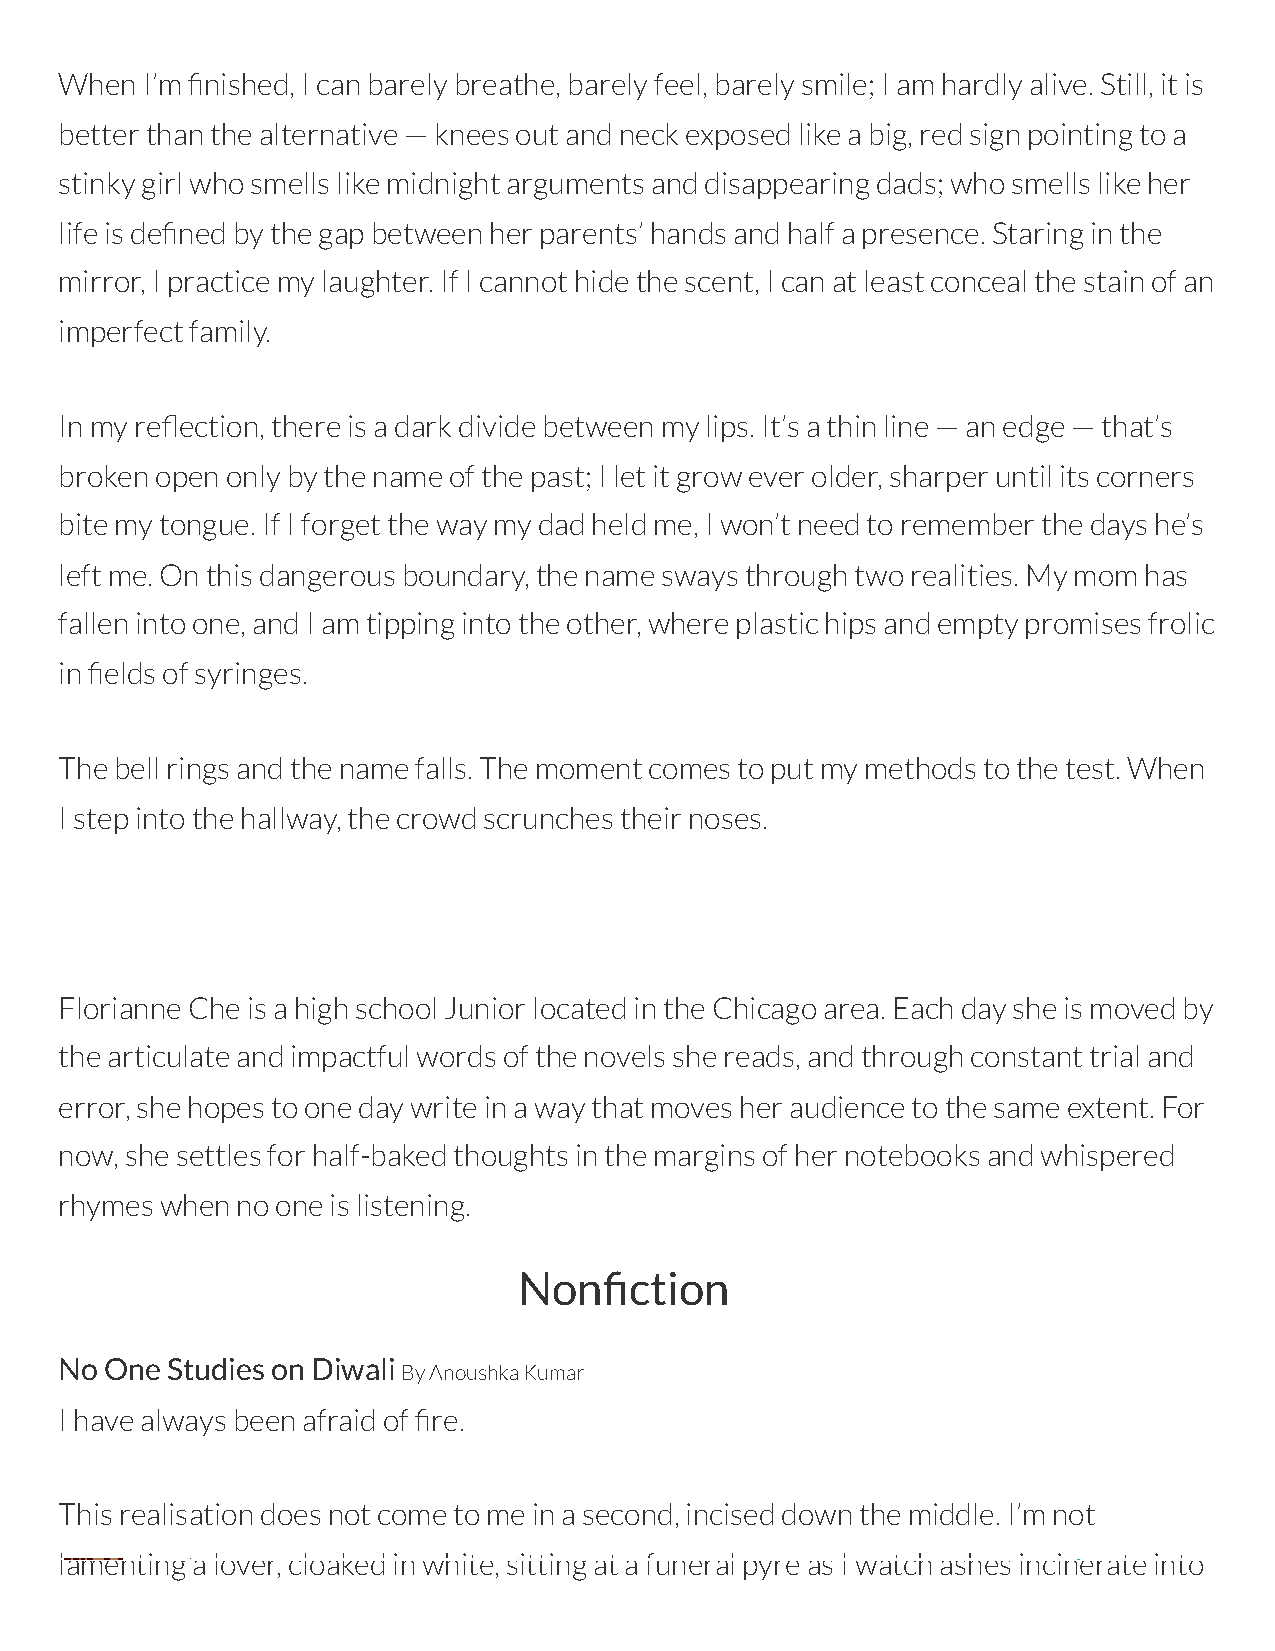
When I’m nished, I can barely breathe, barely feel, barely smile; I am hardly alive. Still, it is
 better than the alternative — knees out and neck exposed like a big, red sign pointing to a
 stinky girl who smells like midnight arguments and disappearing dads; who smells like her
 life is dened by the gap between her parents’ hands and half a presence. Staring in the
 mirror, I practice my laughter. If I cannot hide the scent, I can at least conceal the stain of an
 imperfect family.
 In my reection, there is a dark divide between my lips. It’s a thin line — an edge — that’s
 broken open only by the name of the past; I let it grow ever older, sharper until its corners
 bite my tongue. If I forget the way my dad held me, I won’t need to remember the days he’s
 left me. On this dangerous boundary, the name sways through two realities. My mom has
 fallen into one, and I am tipping into the other, where plastic hips and empty promises frolic
 in elds of syringes.
 The bell rings and the name falls. The moment comes to put my methods to the test. When
 I step into the hallway, the crowd scrunches their noses.
 Florianne Che is a high school Junior located in the Chicago area. Each day she is moved by
 the articulate and impactful words of the novels she reads, and through constant trial and
 error, she hopes to one day write in a way that moves her audience to the same extent. For
 now, she settles for half-baked thoughts in the margins of her notebooks and whispered
 rhymes when no one is listening.
 Nonction
 No One Studies on Diwali
 By Anoushka Kumar
 I have always been afraid of re.
 This realisation does not come to me in a second, incised down the middle. I’m not
 lamenting a lover, cloaked in white, sitting at a funeral pyre as I watch ashes incinerate into